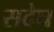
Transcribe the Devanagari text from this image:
सदेघ